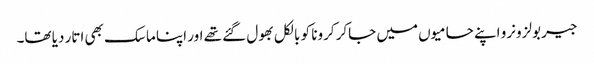
جیر بولزونرو اپنے حامیوں میں جاکر کرونا کو بالکل بھول گئے تھے اور اپنا ماسک بھی اتار دیا تھا۔